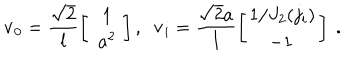
LaTeX: { \bf v } _ { 0 } = \frac { \sqrt 2 } l \left[ \begin{array} { c } { { \, 1 } } \\ { { \, \, a ^ { 2 } \, } } \\ \end{array} \right] , \, \, \, { \bf v } _ { i } = \frac { { \sqrt 2 } a } l \left[ \begin{array} { c } { { 1 / J _ { 2 } ( j _ { i } ) } } \\ { { - 1 \, } } \\ \end{array} \right] \ .